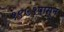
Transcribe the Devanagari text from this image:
१९७१पासून